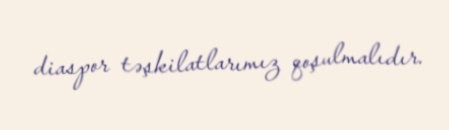
diaspor təşkilatlarımız qoşulmalıdır.